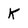
Character: k